Lunatic asylums United Provinces 1909-1921 - 1909-1921
Year: 1909
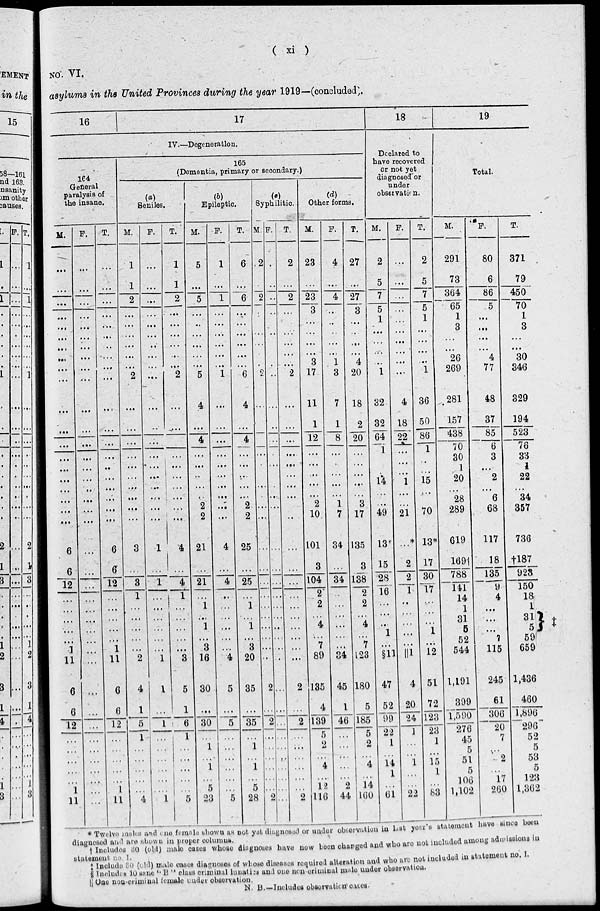
( xi )
NO. VI.
asylums in the United Provinces during the year 1919—(concluded .
16
17
IV.—Degeneration.
164
General
paralysis of
the insane.
M.
...
...
...
...
...
...
...
...
...
...
...
...
...
...
...
...
...
...
...
...
6
6
12
...
...
...
...
...
1
11
6
6
12
...
...
...
...
...
1
11
F.
...
...
...
...
...
...
...
...
...
...
...
...
...
...
...
...
...
...
....
...
...
...
...
...
...
...
...
...
...
...
...
...
...
...
...
...
...
...
...
...
T.
...
...
...
...
...
...
...
...
....
...
...
...
. ...
...
...
...
...
...
...
...
6
6
12
...
...
...
...
...
1
11
6
6
12
...
...
...
...
...
1
11
165
(Dementia, primary or secondary.)
(a)
Seniles.
M.
1
1
2
...
...
...
...
...
...
2
...
...
...
...
. ...
...
...
...
. ...
...
3
...
3
1
...
...
...
...
...
2
4
1
5
1
...
...
...
...
...
4
F.
...
...
...
. ...
...
...
...
....
...
...
....
...
...
...
...
...
...
...
...
...
1
...
1
...
...
...
...
...
...
1
1
...
1
...
...
...
...
...
....
1
T.
1
1
2
...
...
...
...
...
...
2
...
...
...
...
...
...
...
...
...
4
...
4
1
...
...
...
...
...
3
5
1
6
1
...
...
...
...
...
5
(b)
Epileptic.
M.
5
...
5
...
...
...
...
...
5
4
...
4
...
...
...
...
...
2
2
21
...
21
...
1
...
1
...
3
16
30
...
30
...
1
...
1
...
5
23
F.
1
...
1
...
...
...
...
...
...
1
...
...
...
...
...
...
...
...
...
...
4
...
4
...
...
...
...
...
...
4
5
...
5
...
...
...
...
...
...
5
T.
6
...
6
...
...
...
....
...
...
6
4
4
...
...
....
...
...
2
2
25
...
25
...
1
...
1
...
3
20
35
...
35
...
1
...
1
...
5
28
(c)
Syphilitic.
M.
2
...
2
...
...
...
...
...
...
2
...
...
...
...
...
...
...
...
...
...
...
...
...
. ...
...
...
...
...
...
...
2
...
2
...
...
...
...
...
...
2
F.
...
...
...
...
...
...
...
...
...
...
...
...
...
...
..
...
...
...
...
...
...
...
...
...
...
...
...
...
...
...
...
...
...
...
...
...
...
...
...
...
T.
2
...
2
...
...
...
...
...
...
2
...
...
...
...
...
...
...
...
...
...
...
...
...
...
...
...
...
...
...
...
2
...
2
...
...
...
...
...
...
2
(d)
Other forms.
M.
23
...
23
3
...
...
...
...
3
17
11
1
12
...
...
...
...
...
2
10
101
3
104
2
2
...
4
...
7
89
135
4
139
5
2
...
4
...
12
116
F.
4
...
4
...
...
...
...
...
1
3
7
1
8
...
...
...
...
...
1
7
34
...
34
...
...
...
...
...
...
34
45
1
46
...
...
...
...
...
2
44
T.
27
...
27
3
...
...
...
...
4
20
18
2
20
...
...
...
...
...
3
17
135
3
138
2
2
...
4
...
7
123
180
5
185
5
2
...
4
...
14
160
18
Declared to
have recovered
or not yet
diagnosed or
under
observation.
M.
2
5
7
5
1
...
...
...
...
1
32
32
64
1
...
...
14
...
...
49
13*
15
28
16
...
...
...
1
...
§11
47
52
99
22
1
...
14
1
...
61
F.
...
...
...
...
...
...
...
...
...
...
4
18
22
...
...
...
1
...
...
21
...*
2
2
1
...
...
...
...
...
| | l
4
20
24
1
...
...
1
...
...
22
T.
2
5
7
5
1
...
...
. ...
...
1
36
50
86
1
...
...
15
...
...
70
13*
17
30
17
...
...
...
1
...
12
51
72
123
23
1
...
15
1
...
83
19
Total.
M.
291
73
364
65
1
3
...
...
26
269
281
157
438
70
30
1
20
...
28
289
619
169†
788
141
14
1
31
5
52
544
1,191
399
1,590
276
45
5
51
5
106
1,102
F.
80
6
86
5
...
...
...
...
4
77
48
37
85
6
3
...
2
...
6
68
117
18
135
9
4
...
...
...
7
115
245
61
306
20
7
...
2
...
17
260
T.
371
79
450
70
1
3
...
...
30
346
329
194
523
76
33
1
22
...
34
357
736
†l87
923
150
18
1
31 5
59
659
1,436
460
1,896
296
52
5
53
5
123
1,362
*Twelve males and one female shown as not yet diagnosed or under observation in last year's statement have since been
diagnosed and are shown in proper columns.
† Includes 30 (old) male cases whoso diagnoses have now been changed and who are not included among admissions in
statement no. 1.
‡ Include 30 (old) male cases diagnoses of whose diseases required alteration and wbo are not included in statement no. I.
§ Includes 10 sane " B " class criminal lunatics and one non-criminal male under observation
|| One non-criminal female under observation.
N. B.—Includes observation cases.